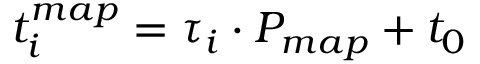
t _ { i } ^ { m a p } = \tau _ { i } \cdot P _ { m a p } + t _ { 0 }